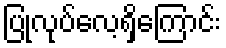
ပြုလုပ်လေ့ရှိကြောင်း